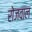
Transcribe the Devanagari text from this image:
रोजवाल